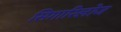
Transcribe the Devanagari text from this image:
सिगारिलोज